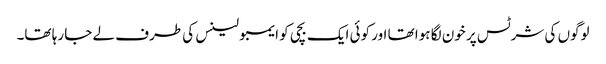
لوگوں کی شرٹس پر خون لگا ہوا تھا اور کوئی ایک بچی کو ایمبولینس کی طرف لے جا رہا تھا۔